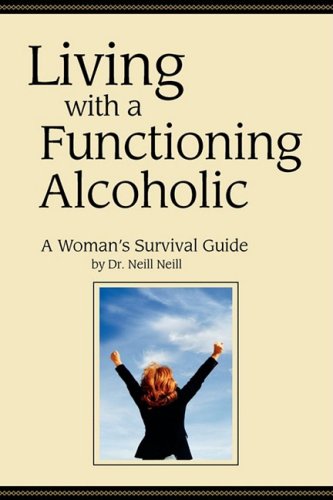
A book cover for Living with a Functioning Alcoholic: A Woman's Survival Guide; Neill Neill; Self-Help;